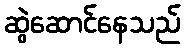
ဆွဲဆောင်နေသည်